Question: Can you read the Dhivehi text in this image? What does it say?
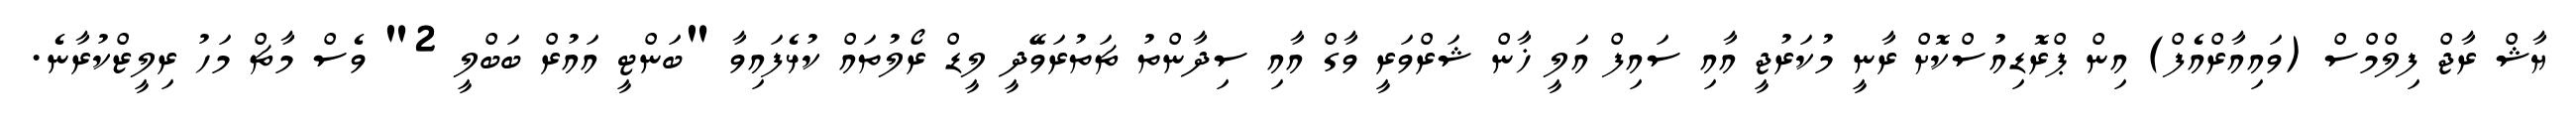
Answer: ޔާޝް ރާޖް ފިލްމްސް (ވައިއާރްއެފް) އިން ޕްރޮޑިއުސްކޮށް ރާނީ މުކަރުޖީ އާއި ސައިފް އަލީ ޚާން ޝަރްވަރީ ވާގް އާއި ސިދާންތު ޗަތުރަވޭދީ ލީޑް ރޯލުތައް ކުޅެފައިވާ "ބަންޓީ އައުރް ބަބްލީ 2" ވެސް މާޗް މަހު ރިލީޒްކުރާނެ.